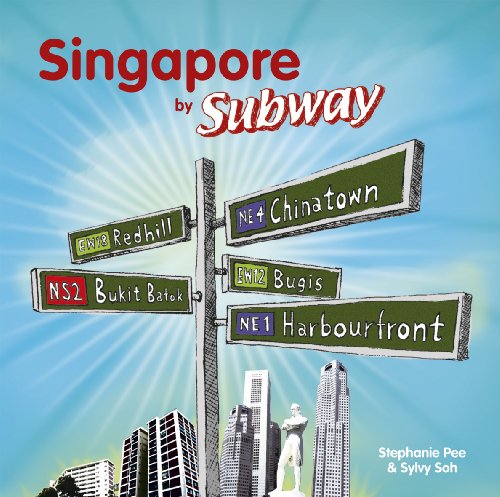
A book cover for Singapore by Subway; Stephanie Pee; Travel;